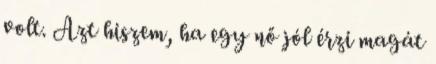
volt. Azt hiszem, ha egy nő jól érzi magát